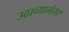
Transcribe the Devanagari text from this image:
उठाव्यानंतर